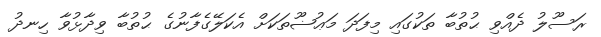
ރަސޫލު ދެއްވި ޙުތުބާ ތަކުގައި މިފަދަ މަޢުޟޫތަކަށް އެކަލޭގެފާނުގެ ޙުތުބާ ވިދާޅުވާ ހިނދު